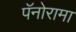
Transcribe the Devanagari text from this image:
पॅनोरामा